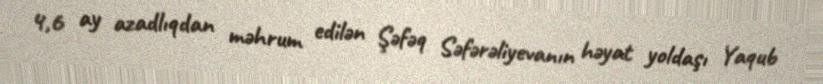
4,6 ay azadlıqdan məhrum edilən Şəfəq Səfərəliyevanın həyat yoldaşı Yaqub